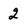
Character: 2